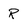
Character: R